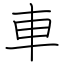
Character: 車